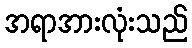
အရာအားလုံးသည်